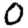
Digit: 0